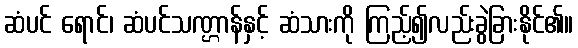
ဆံပင် ရောင်၊ ဆံပင်သဏ္ဌာန်နှင့် ဆံသားကို ကြည့်၍လည်းခွဲခြားနိုင်၏။